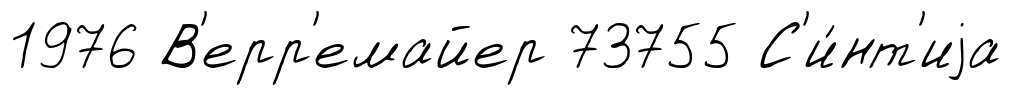
1976 В'ерр'емайер 73755 С'и́нт'иjа